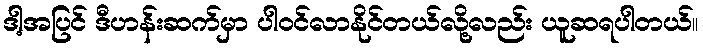
ဒါ့အပြင် ဒီဟန်းဆက်မှာ ပါဝင်လာနိုင်တယ်လို့လည်း ယူဆရပါတယ်။